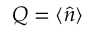
Q = \langle \hat { n } \rangle